Destruction of fleas by exposure to the sun - Number 40
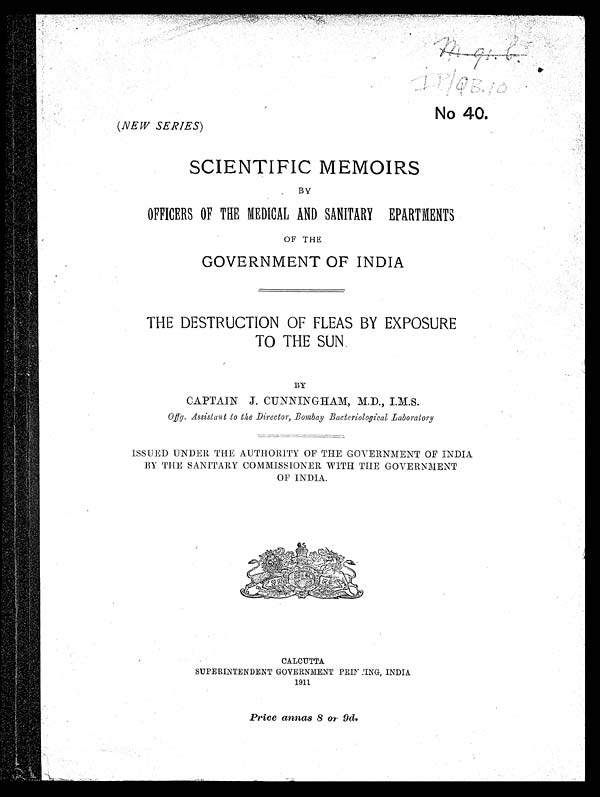
I P/ QB, 10I
No 40.
(NEW SERIES)
SCIENTIFIC MEMOIRS
BY
OFFICERS OF THE MEDICAL AND SANITARY EPARTMENTS
OF THE
GOVERNMENT OF INDIA
THE DESTRUCTION OF FLEAS BY EXPOSURE
TO THE SUN
BY
CAPTAIN J. CUNNINGHAM, M.D., I.M.S.
Offg. Assistant to the Director, Bombay Bacteriological Laboratory
ISSUED UNDER THE AUTHORITY OF THE GOVERNMENT OF INDIA
BY THE SANITARY COMMISSIONER WITH THE GOVERNMENT
OF INDIA.
CALCUTTA
SUPERINTENDENT GOVERNMENT PRINTING, INDIA
1911
Price annas 8 or 9d.